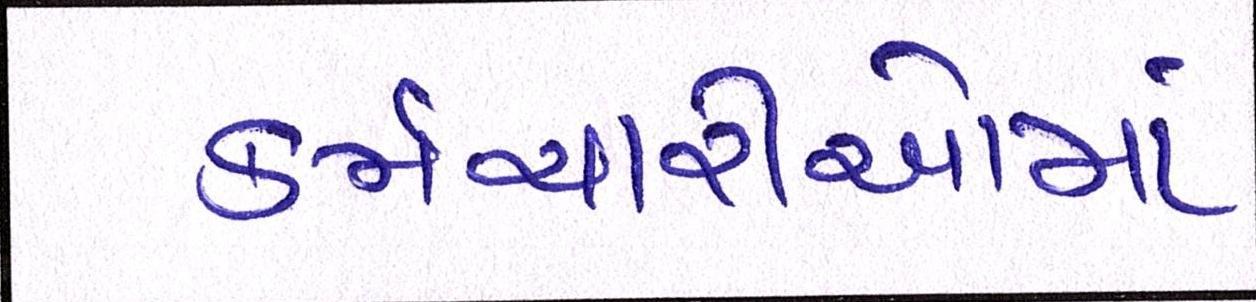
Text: કર્મચારીઓમાં